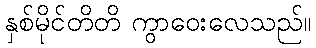
နှစ်မိုင်တိတိ ကွာဝေးလေသည်။